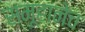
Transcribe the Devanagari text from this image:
समूहानेच